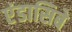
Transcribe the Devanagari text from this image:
एंडासिबे